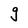
Character: g